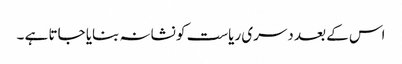
اس کے بعد دسری ریاست کو نشانہ بنایا جاتا ہے ۔